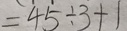
= 4 5 \div 3 + 1